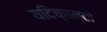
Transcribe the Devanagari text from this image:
यदिच्छन्तो